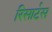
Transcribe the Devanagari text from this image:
रिसार्टस